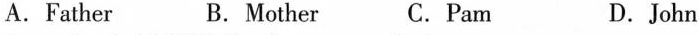
A.Father B. Mother C.Pam D.John